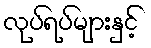
လုပ်ရပ်များနှင့်